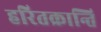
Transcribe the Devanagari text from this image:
हरितक्रान्ति